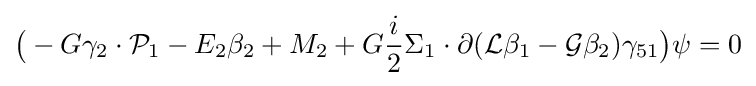
{\big (}-G\gamma _{2}\cdot {\mathcal {P}}_{1}-E_{2}\beta _{2}+M_{2}+G{\frac {i}{2}}\Sigma _{1}\cdot \partial ({\mathcal {L}}\beta _{1}-{\mathcal {G}}\beta _{2})\gamma _{51}{\big )}\psi =0